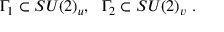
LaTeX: \Gamma _ { 1 } \subset S U ( 2 ) _ { u } , ~ ~ \Gamma _ { 2 } \subset S U ( 2 ) _ { v } \ .